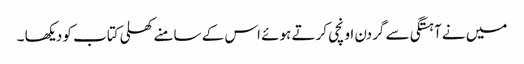
میں نے آہستگی سے گردن اونچی کرتے ہوئے اس کے سامنے کھلی کتاب کو دیکھا ۔